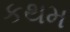
કથમ